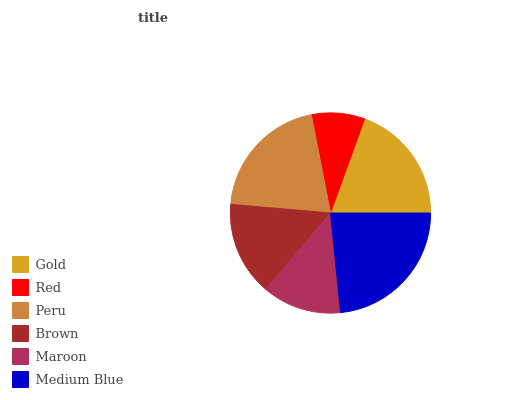
| Gold | Red | Peru | Brown | Maroon | Medium Blue |
 | --- | --- | --- | --- | --- | --- |
 | 19.4% | 8.6% | 20.5% | 15.2% | 12.8% | 23.4% |